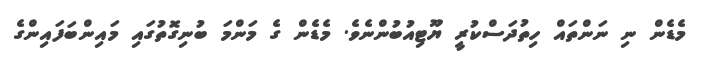
މެޑެން ނި ނަންތައް ހިތުދަސްކުރީ ޔޫޓިއުބުންނެވެ. މެޑެން ގެ މަންމަ ބުނިގޮތުގައި މައިންބަފައިންގެ